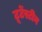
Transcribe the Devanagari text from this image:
टूटेंस्टीन